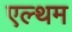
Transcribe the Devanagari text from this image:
एल्थम